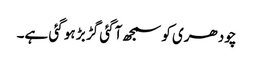
چودھری کو سمجھ آگئی گڑ بڑ ہو گئی ہے۔